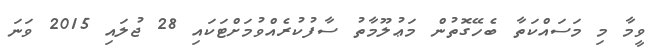
ވީމާ މި މަސައްކަތާ ބެހޭގޮތުން މަޢުލޫމާތު ސާފުކުރެއްވުމަށްޓަކައި 28 ޖުލައި 2015 ވަނަ